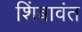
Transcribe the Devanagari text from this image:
शिंबावंत